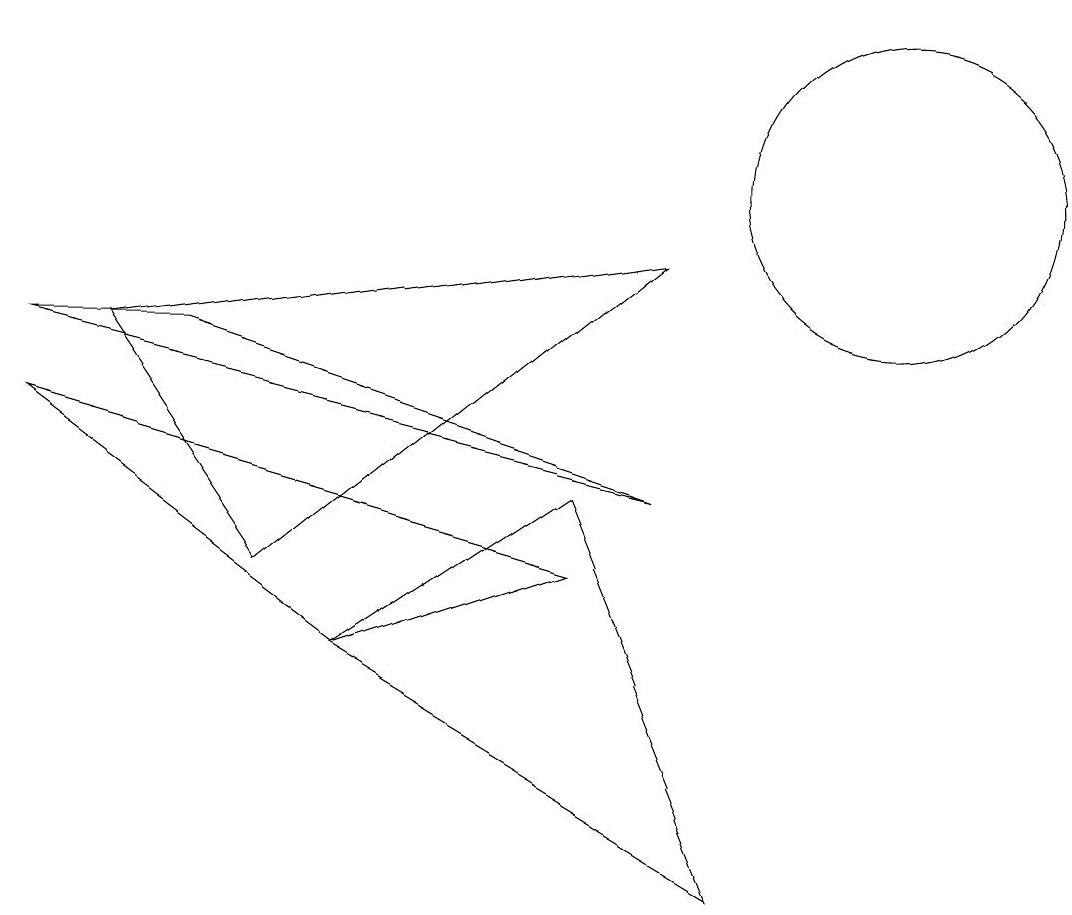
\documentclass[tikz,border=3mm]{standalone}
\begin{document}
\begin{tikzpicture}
\draw (11,10) circle (2);
\draw (0,8) -- (8,6) -- (2,8) -- cycle;
\draw (9,1) -- (7,6) -- (4,4) -- cycle;
\draw (4,4) -- (7,5) -- (0,7) -- cycle;
\draw (3,5) -- (1,8) -- (8,9) -- cycle;
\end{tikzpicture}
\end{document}